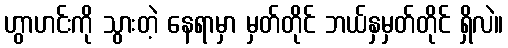
ဟွာဟင်းကို သွားတဲ့ နေရာမှာ မှတ်တိုင် ဘယ်နှမှတ်တိုင် ရှိလဲ။